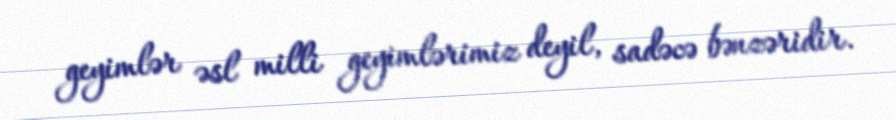
geyimlər əsl milli geyimlərimiz deyil, sadəcə bənzəridir.